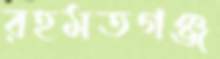
রহমতগঞ্জ